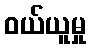
ဝယ်ယူမှု